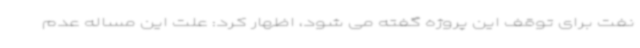
نفت برای توقف این پروژه گفته می شود، اظهار کرد: علت این مساله عدم